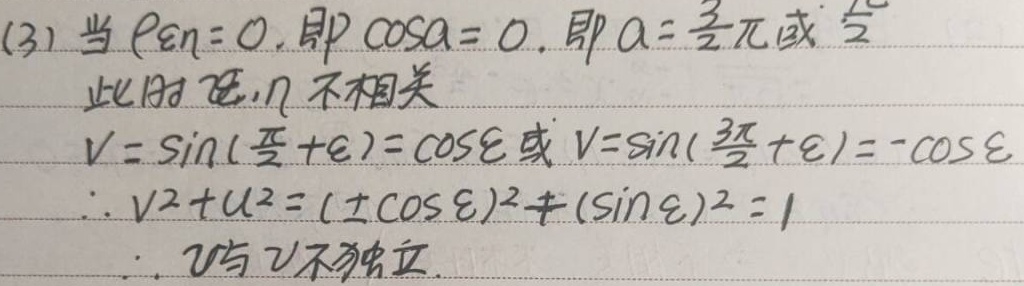
(3) 当\(\rho_{\xi\eta}=0\)，即\(\cos\alpha = 0\)，即\(\alpha=\frac{3}{2}\pi\)或\(\frac{\pi}{2}\)。此时\(\xi,\eta\)不相关。
\(V = \sin(\frac{\pi}{2}+\xi)=\cos\xi\)或\(V=\sin(\frac{3\pi}{2}+\xi)=-\cos\xi\)
\(\therefore V^{2}+U^{2}=(\pm\cos\xi)^{2}+(\sin\xi)^{2}=1\)
\(\therefore U\)与\(V\)不独立。